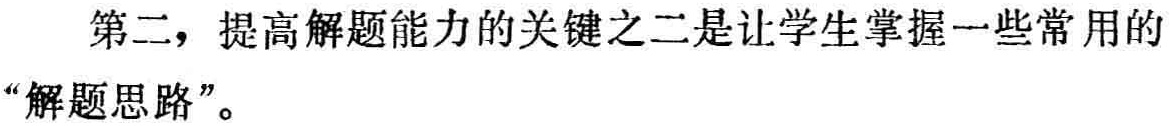
第二，提高解题能力的关键之二是让学生掌握一些常用的“解题思路”。